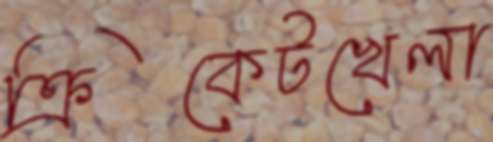
ক্রিকেটখেলা